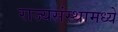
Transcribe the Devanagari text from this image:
राज्यसंस्थामध्ये